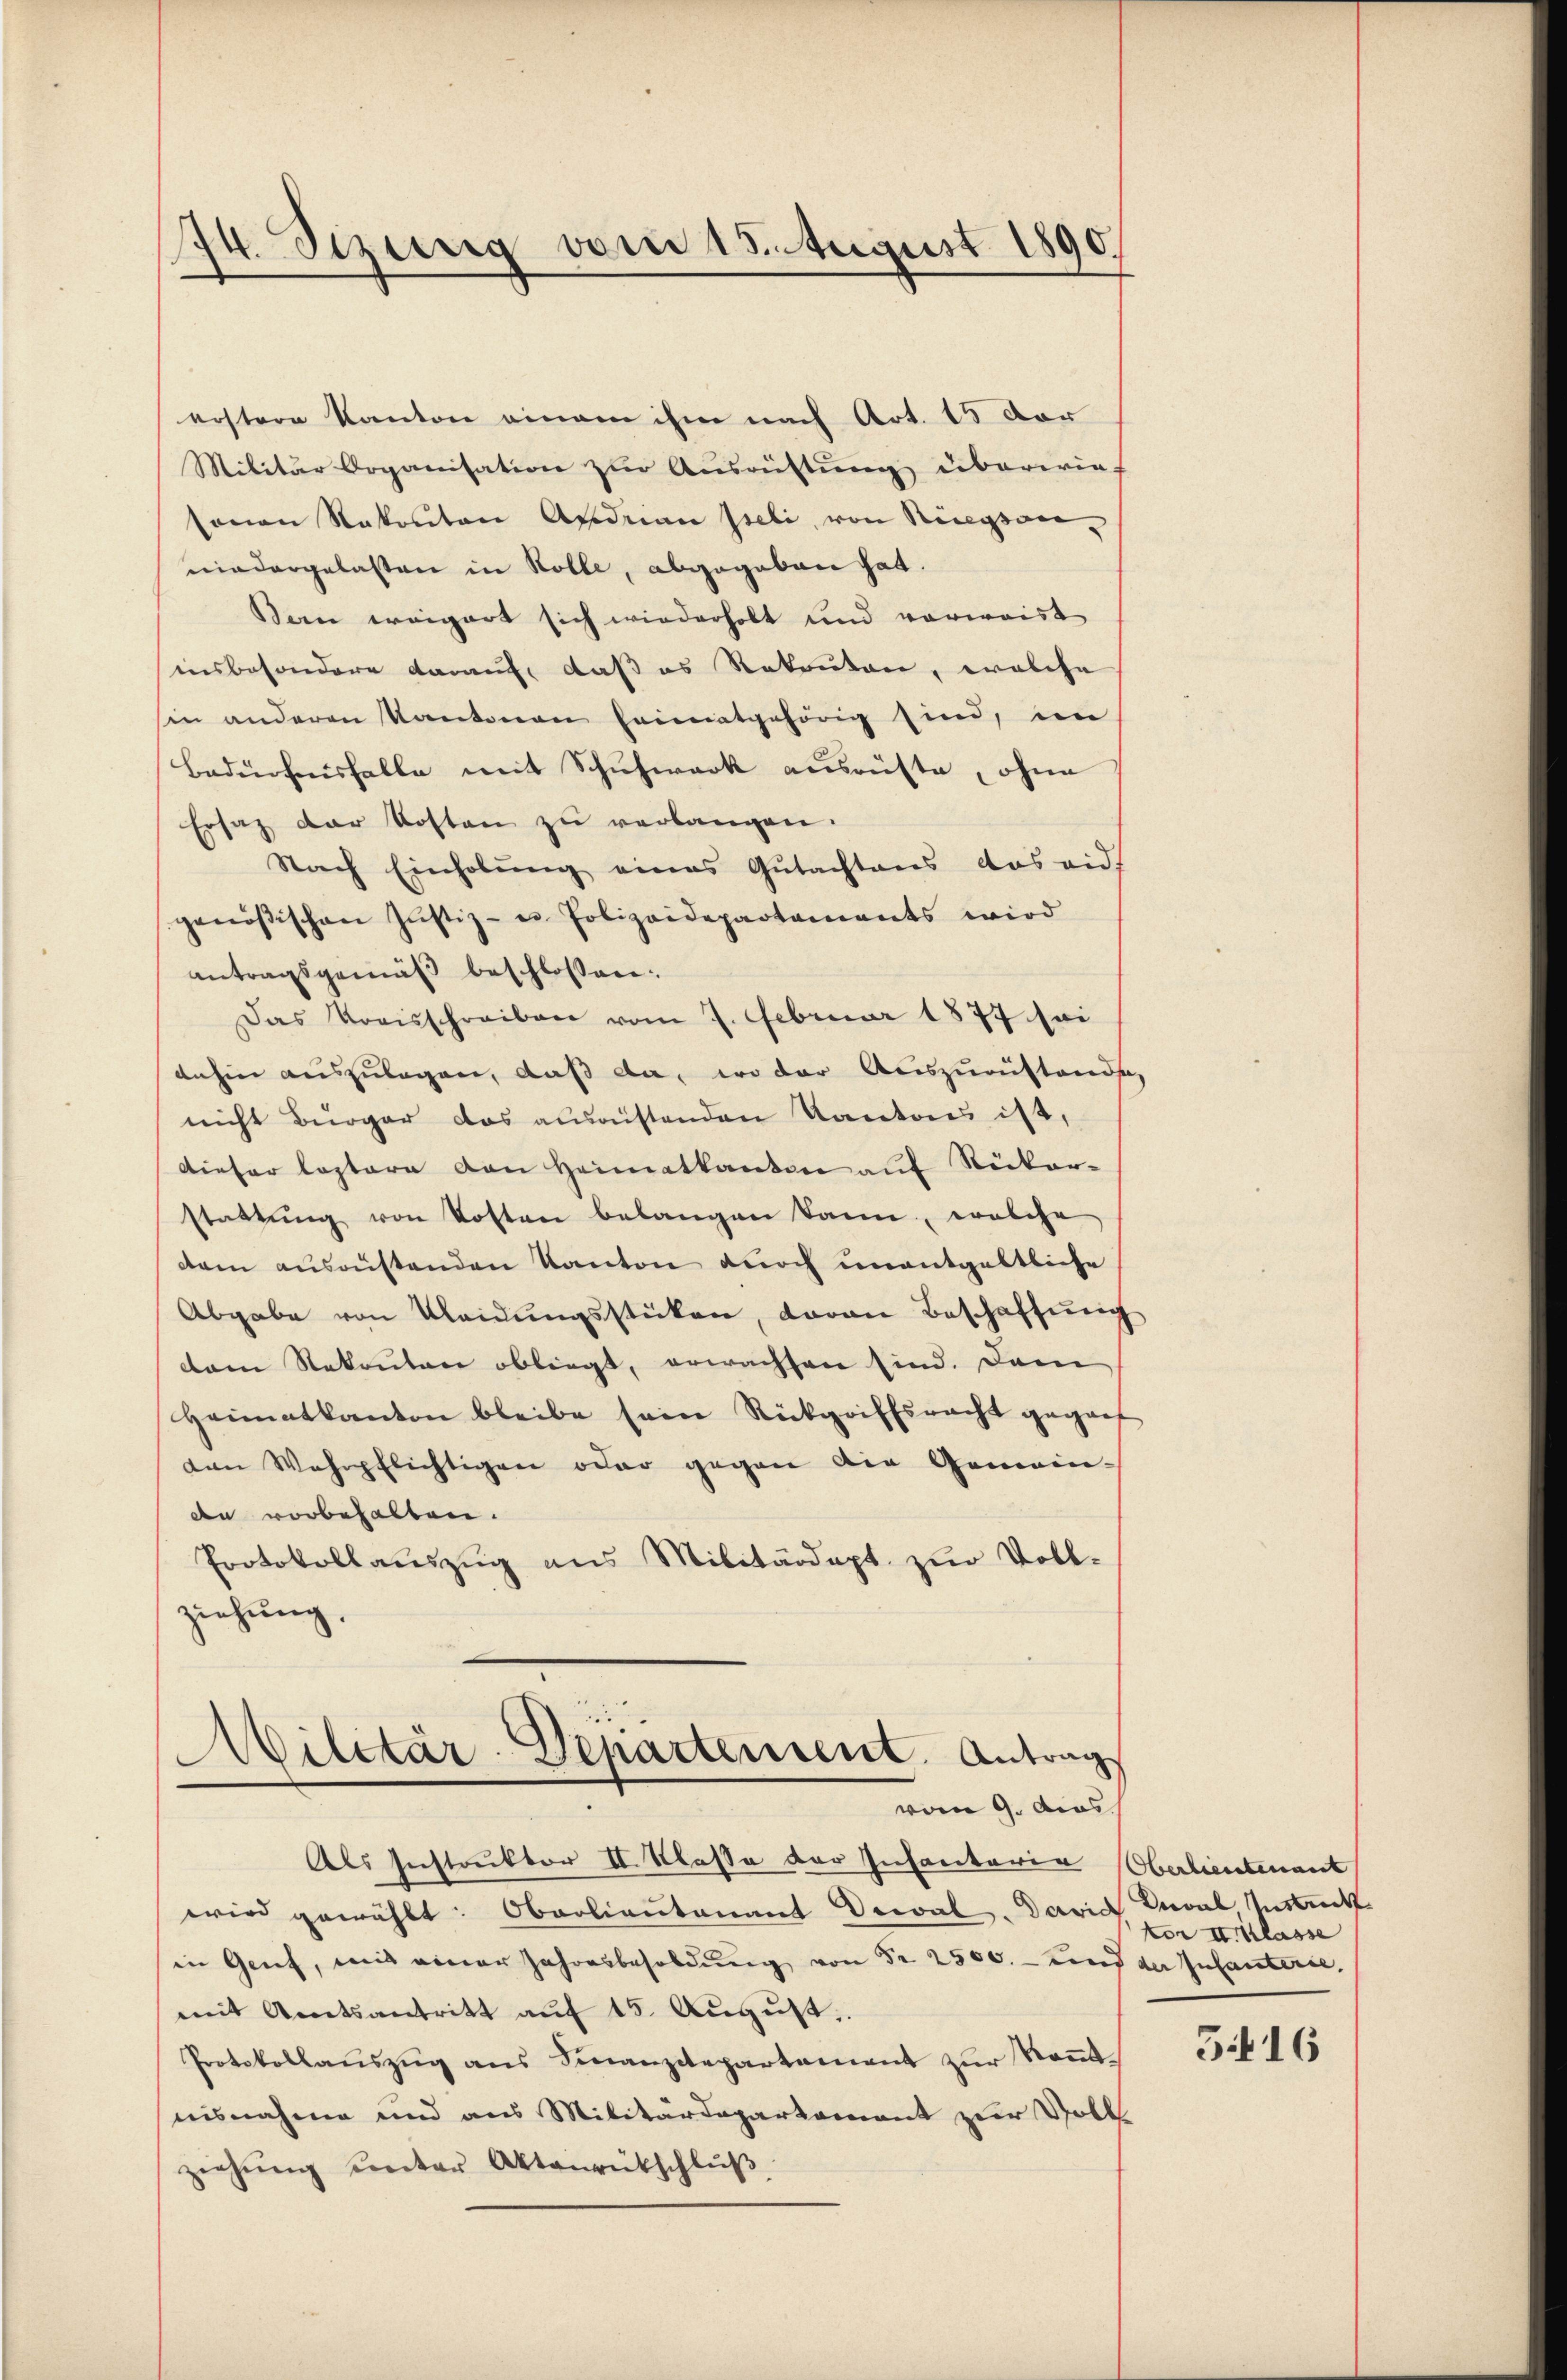
44. Sezurig vom 15. August 1890.

erstere Kanton einem ihm nach Art. 15 Dor
Militär Organisation zur Ausrüstung überwie-
onen Rekonton Apodrau Iseli von Rigson-
niedergelasten in Rolle, abgegeben hat.
Bern weigert sich wiederholt und vorweist
insbesondere darauf, daß es Rekruten, welche
hin anderen Kantonen heimatgehörig sind, im
Bedürfnisfalle mit Schuhwerk ausrüste, ohne
Ersatz der Kosten zŭ verlangen.
Nach Einholung eines Gutachtens das auf
genössischen Justiz- u Polizeidepartaments wird
antragsgemäß beschlossen:
Das Kreisschreiben vom 7. Februar 1877 sei
dahin auszulagen, daß da, wo der Auszuzustande,
nicht Bürger das ausrüstenden Kantons ist,
dieser leztere von Heimatkanton auf Rücker-
stattung von Kosten belangen kann, welche
dam ausrüstenden Kanton durch unentgeltliche
Abgabe von Kleidŭngsstücken, davon Beschaffung
dam Rekruten obliegt, erwachsen sind. Dam
Heimatkanton bleibe sein Rückgriffsracht geganf
den Wehrpflichtigen oder gegen die Gemein-
dn vorbehalten.
Protokollauszug aus Militärdept zur Voll-
ziehung,

Militär-Departensent. Antrag
vom 9. dies

Als Instruktor II. Klasse der Infantaria (Oberlieutenant
wird gewählt: Oberlieutenant Decal. David Zuval Mstuck
in Genf, mit einer Jahresbesoldŭng von Fr. 2500.- und der Infanterie,
mit Amtsantritt aŭf 15. Aŭgŭst
Protokollauszug aus Finanzitepartement zur Kenntnisnahme und aus Militärdepartement zur Voll
ziehŭng unter Aktenrütschlŭβ

ter II Klasse

5416